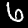
Label: 6